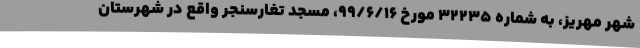
شهر مهریز، به شماره ۳۲۲۳۵ مورخ ۹۹/۶/۱۶، مسجد تغارسنجر واقع در شهرستان